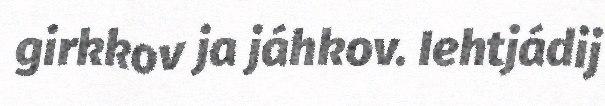
girkkov ja jáhkov. Iehtjádij